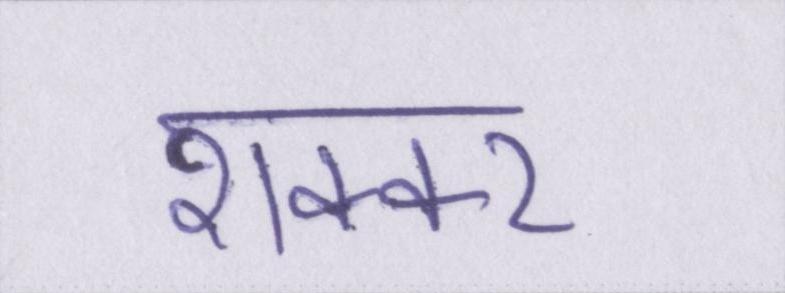
शक्कर